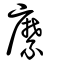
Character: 縻